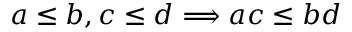
a \leq b , c \leq d \Longrightarrow a c \leq b d